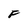
Character: F